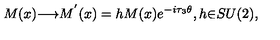
M ( x ) { \longrightarrow } M ^ { ' } ( x ) = h M ( x ) e ^ { - i { \tau } _ { 3 } { \theta } } , h { \in } S U ( 2 ) ,